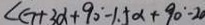
\angle G + 3 \alpha + 9 0 ^ { \circ } - 1 . 5 \alpha + 9 0 ^ { \circ } - 2 0